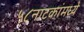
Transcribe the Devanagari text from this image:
५८नाटकांमध्ये